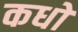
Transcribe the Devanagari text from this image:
कधों